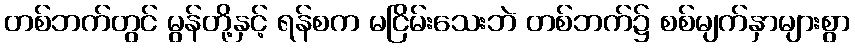
တစ်ဘက်တွင် မွန်တို့နှင့် ရန်စက မငြိမ်းသေးဘဲ တစ်ဘက်၌ စစ်မျက်နှာများစွာ